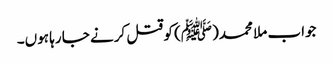
جواب ملا محمد(ﷺ) کو قتل کرنے جا رہا ہوں۔